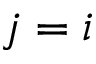
j = i